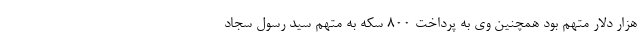
هزار دلار متهم بود همچنین وی به پرداخت ٨٠٠ سکه به متهم سید رسول سجاد